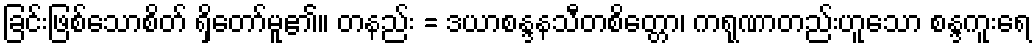
ခြင်းဖြစ်သောစိတ် ရှိတော်မူ၏။ တနည်း = ဒယာစန္ဒနသီတစိတ္တော၊ ကရုဏာတည်းဟူသော စန္ဒကူးရေ